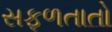
સફળતાતો